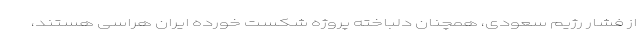
از فشار رژیم سعودی، همچنان دلباخته پروژه شکست خورده ایران هراسی هستند،